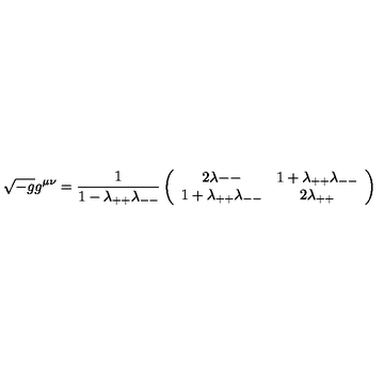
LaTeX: \sqrt { - g } g ^ { \mu \nu } = { \frac { 1 } { 1 - \lambda _ { + + } \lambda _ { -- } } } \left( \begin{array} { c c } { { 2 \lambda { -- } } } & { { 1 + \lambda _ { + + } \lambda _ { -- } } } \\ { { 1 + \lambda _ { + + } \lambda _ { -- } } } & { { 2 \lambda _ { + + } } } \\ \end{array} \right)